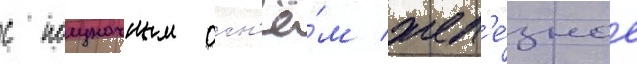
с полуночным огн'ё́м жел'е́зное